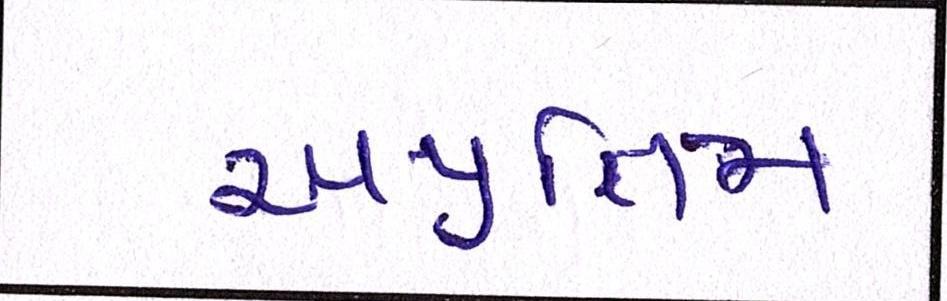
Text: અપ્રતિમ